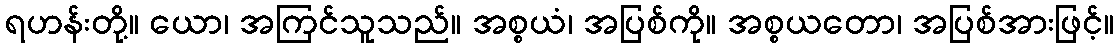
ရဟန်းတို့။ ယော၊ အကြင်သူသည်။ အစ္စယံ၊ အပြစ်ကို။ အစ္စယတော၊ အပြစ်အားဖြင့်။